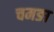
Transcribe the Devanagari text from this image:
चमङा